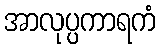
အာလုပ္ပကာရကံ